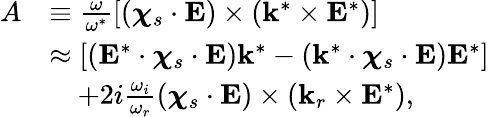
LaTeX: \begin{array}{rl}{A}&{\equiv\frac{\omega}{\omega^{*}}\left[\left(\boldsymbol{\chi}_{s}\cdot\mathbf{E}\right)\times\left(\mathbf{k}^{*}\times\mathbf{E}^{*}\right)\right]}\\ &{\approx\left[\left(\mathbf{E}^{*}\cdot\boldsymbol{\chi}_{s}\cdot\mathbf{E}\right)\mathbf{k}^{*}-\left(\mathbf{k}^{*}\cdot\boldsymbol{\chi}_{s}\cdot\mathbf{E}\right)\mathbf{E}^{*}\right]}\\ &{\quad+2i\frac{\omega_{i}}{\omega_{r}}\left(\boldsymbol{\chi}_{s}\cdot\mathbf{E}\right)\times\left(\mathbf{k}_{r}\times\mathbf{E}^{*}\right),}\end{array}